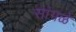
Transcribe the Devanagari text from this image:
सांगळे